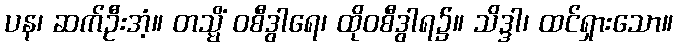
ပန၊ ဆက်ဦးအံ့။ တသ္မိံ ဝစီဒွါရေ၊ ထိုဝစီဒွါရ၌။ သိဒ္ဒါ၊ ထင်ရှားသော။